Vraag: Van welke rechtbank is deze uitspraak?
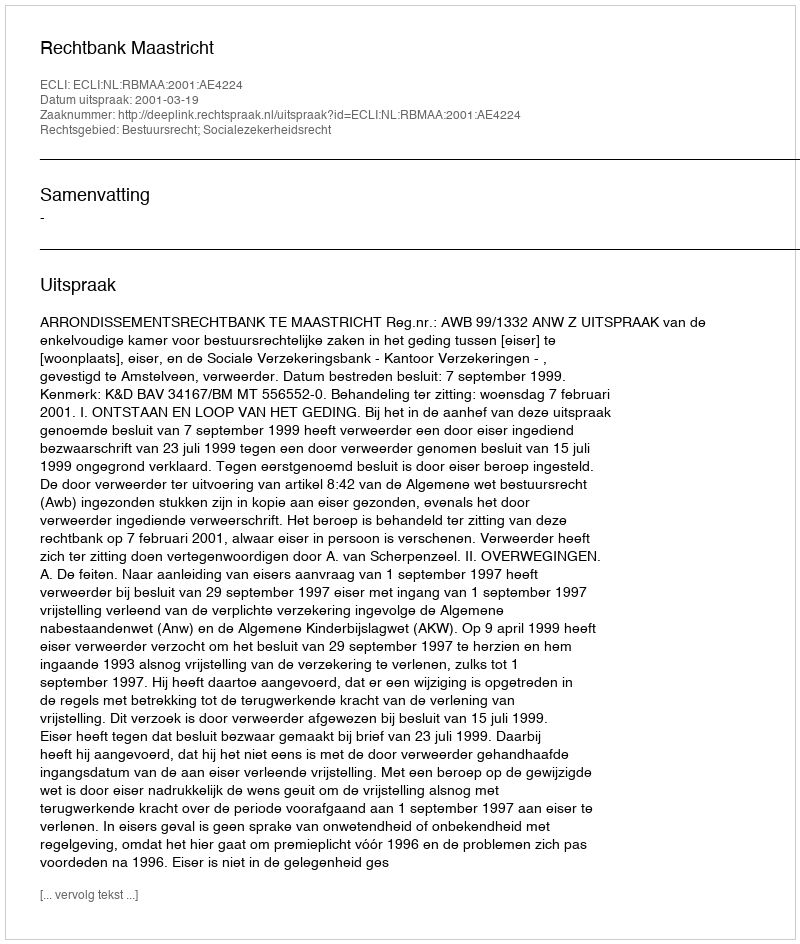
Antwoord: Rechtbank Maastricht